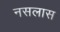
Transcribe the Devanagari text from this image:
नसलास